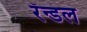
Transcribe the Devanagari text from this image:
रॅन्डल